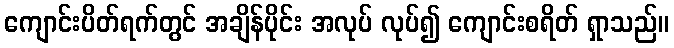
ကျောင်းပိတ်ရက်တွင် အချိန်ပိုင်း အလုပ် လုပ်၍ ကျောင်းစရိတ် ရှာသည်။